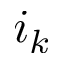
i _ { k }